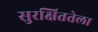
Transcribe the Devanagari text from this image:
सुरक्षिततेला